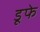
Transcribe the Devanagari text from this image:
डूफे